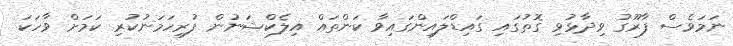
ނަމަވެސް ފާރޫގު ވިދާޅުވި ގޮތުގައި ގައިޑްލައިންގައިވާ ކަންތައް އިލެކްޝަނުން ފުރިހަމަނުކުރި ކަމަށް ވާހަކަ